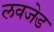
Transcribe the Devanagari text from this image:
लवजेड